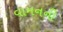
વામનની